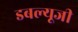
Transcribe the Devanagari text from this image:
डबल्यूजी